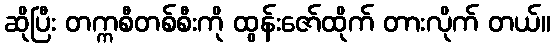
ဆိုပြီး တက္ကစီတစ်စီးကို ထွန်းဇော်ထိုက် တားလိုက် တယ်။